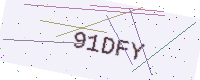
Text: 91DFY